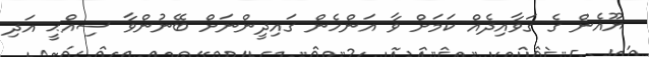
ޔޫއެން ގެ ގަވާއިދެއް ކަމަށް ވާ އަންހެން ގައިދީންނަށް ބޭނުންވާ ސިއްޙީ އަދި